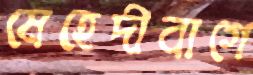
মেহেদীবাগে